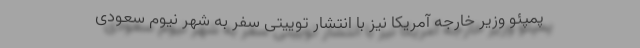
پمپئو وزیر خارجه آمریکا نیز با انتشار توییتی سفر به شهر نیوم سعودی